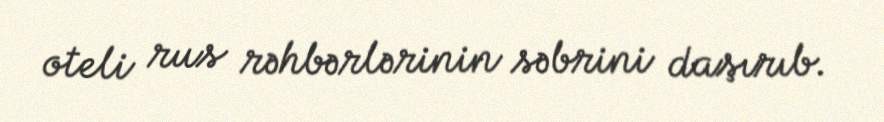
oteli rus rəhbərlərinin səbrini daşırıb.